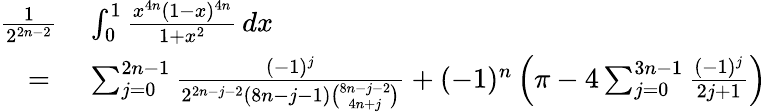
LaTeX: \begin{array}{rl}{{\frac{1}{2^{2n-2}}}}&{{}\int_{0}^{1}{\frac{x^{4n}(1-x)^{4n}}{1+x^{2}}}\, dx}\\ {={}}&{{}\sum_{j=0}^{2n-1}{\frac{(-1)^{j}}{2^{2n-j-2}(8n-j-1){\binom{8n-j-2}{4n+j}}}}+(-1)^{n}\left(\pi-4\sum_{j=0}^{3n-1}{\frac{(-1)^{j}}{2j+1}}\right)}\end{array}